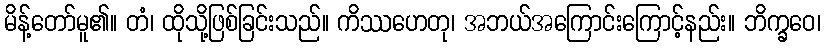
မိန့်တော်မူ၏။ တံ၊ ထိုသို့ဖြစ်ခြင်းသည်။ ကိဿဟေတု၊ အဘယ်အကြောင်းကြောင့်နည်း။ ဘိက္ခဝေ၊